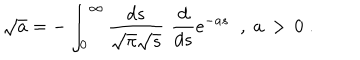
\sqrt { a } = - \int _ { 0 } ^ { \infty } \frac { d s } { \sqrt { \pi } \sqrt { s } } \, \, \frac { d } { d s } e ^ { - a s } \; \; , \; a \, > \, 0 \; .